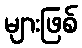
များဖြစ်